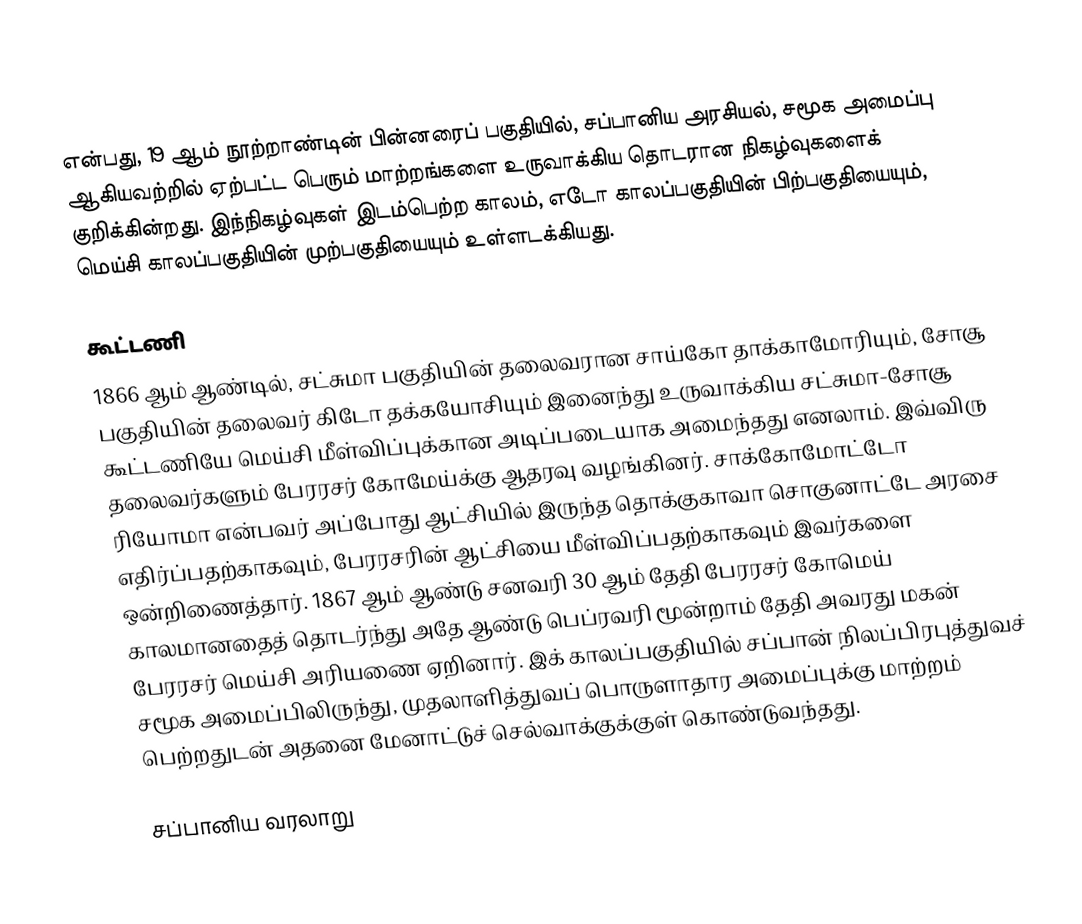
என்பது, 19 ஆம் நூற்றாண்டின் பின்னரைப் பகுதியில், சப்பானிய அரசியல், சமூக அமைப்பு ஆகியவற்றில் ஏற்பட்ட பெரும் மாற்றங்களை உருவாக்கிய தொடரான நிகழ்வுகளைக் குறிக்கின்றது. இந்நிகழ்வுகள் இடம்பெற்ற காலம், எடோ காலப்பகுதியின் பிற்பகுதியையும், மெய்சி காலப்பகுதியின் முற்பகுதியையும் உள்ளடக்கியது.

கூட்டணி
1866 ஆம் ஆண்டில், சட்சுமா பகுதியின் தலைவரான சாய்கோ தாக்காமோரியும், சோசூ பகுதியின் தலைவர் கிடோ தக்கயோசியும் இனைந்து உருவாக்கிய சட்சுமா-சோசூ கூட்டணியே மெய்சி மீள்விப்புக்கான அடிப்படையாக அமைந்தது எனலாம். இவ்விரு தலைவர்களும் பேரரசர் கோமேய்க்கு ஆதரவு வழங்கினர். சாக்கோமோட்டோ ரியோமா என்பவர் அப்போது ஆட்சியில் இருந்த தொக்குகாவா சொகுனாட்டே அரசை எதிர்ப்பதற்காகவும், பேரரசரின் ஆட்சியை மீள்விப்பதற்காகவும் இவர்களை ஒன்றிணைத்தார். 1867 ஆம் ஆண்டு சனவரி 30 ஆம் தேதி பேரரசர் கோமெய் காலமானதைத் தொடர்ந்து அதே ஆண்டு பெப்ரவரி மூன்றாம் தேதி அவரது மகன் பேரரசர் மெய்சி அரியணை ஏறினார். இக் காலப்பகுதியில் சப்பான் நிலப்பிரபுத்துவச் சமூக அமைப்பிலிருந்து, முதலாளித்துவப் பொருளாதார அமைப்புக்கு மாற்றம் பெற்றதுடன் அதனை மேனாட்டுச் செல்வாக்குக்குள் கொண்டுவந்தது.

சப்பானிய வரலாறு